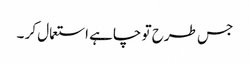
جس طرح تو چاہے استعمال کر ۔